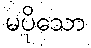
မပိုသော